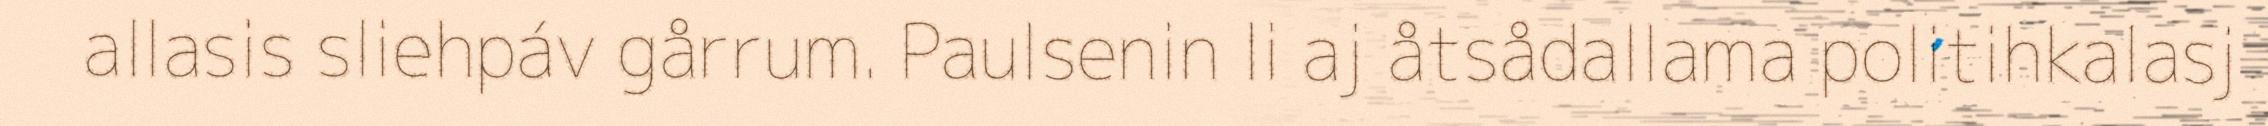
allasis sliehpáv gårrum. Paulsenin li aj åtsådallama politihkalasj